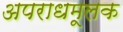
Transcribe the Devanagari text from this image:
अपराधमूलक